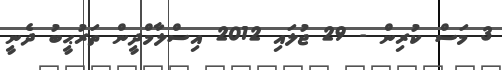
3 މަސް ކުރިން - 29 ޖުލައި 2012 އިސްލާމްދީން ތަރުޙީބު ދެނީ